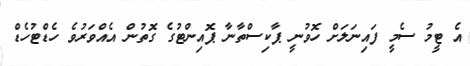
އެ ޓީމު ސެމީ ފައިނަލަށް ހޮވުނީ ޕާކިސްތާނާ ޕޮއިންޓުގެ ގޮތުން އެއްވަރުވެ ހެޑްޓުހެޑް